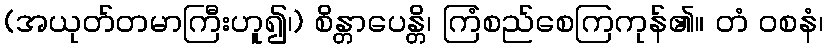
(အယုတ်တမာကြီးဟူ၍၊) စိန္တာပေန္တိ၊ ကြံစည်စေကြကုန်၏။ တံ ဝစနံ၊